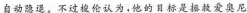
自动隐退，不过梭伦认为，他的目标是拯救爱奥尼